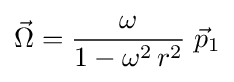
{\vec {\Omega }}={\frac {\omega }{1-\omega ^{2}\,r^{2}}}\;{\vec {p}}_{1}